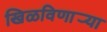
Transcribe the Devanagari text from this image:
खिळविणार्‍या